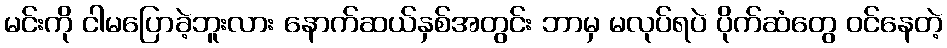
မင်းကို ငါမပြောခဲ့ဘူးလား နောက်ဆယ်နှစ်အတွင်း ဘာမှ မလုပ်ရပဲ ပိုက်ဆံတွေ ဝင်နေတဲ့